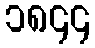
၁၈၄၄